Lunatic asylums United Provinces 1909-1921 - 1909-1921
Year: 1909
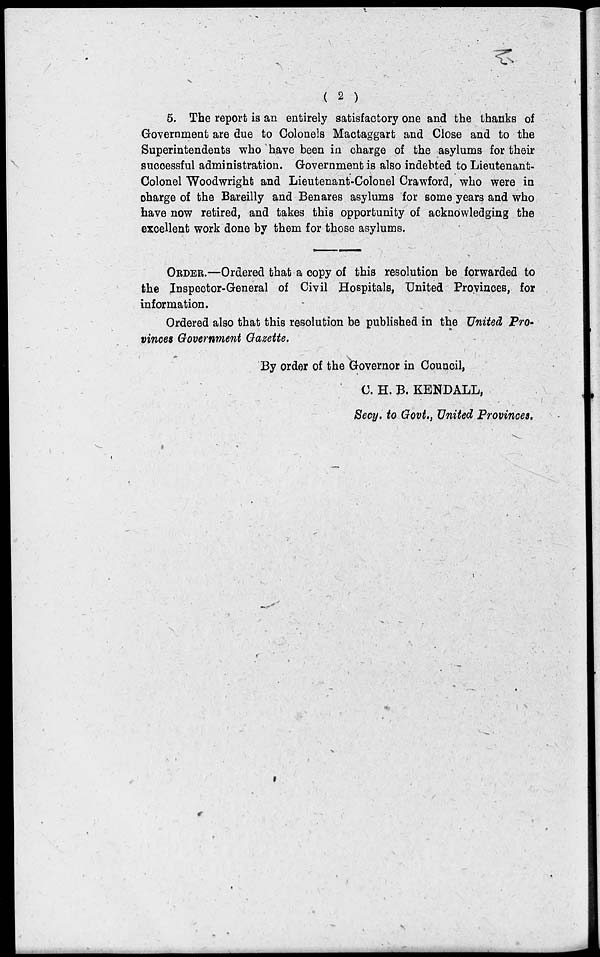
( 2 )
5. The report is an entirely satisfactory one and the thanks of
Government are due to Colonels Mactaggart and Close and to the
Superintendents who have been in charge of the asylums for their
successful administration. Government is also indebted to Lieutenant-
Colonel Woodwright and Lieutenant-Colonel Crawford, who were in
charge of the Bareilly and Benares asylums for some years and who
have now retired, and takes this opportunity of acknowledging the
excellent work done by them for those asylums.
ORDER.—Ordered that a copy of this resolution be forwarded to
the Inspector-General of Civil Hospitals, United Provinces, for
information.
Ordered also that this resolution be published in the United Pro-
vinces Government Gazette.
By order of the Governor in Council,
C.H.B. KENDALL,
Secy. to Govt., United Provinces.